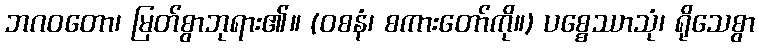
ဘဂဝတော၊ မြတ်စွာဘုရား၏။ (ဝစနံ၊ စကားတော်ကို။) ပစ္စေဿာသုံ၊ ရိုသေစွာ